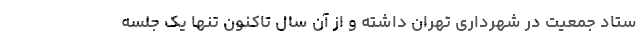
ستاد جمعیت در شهرداری تهران داشته و از آن سال تاکنون تنها یک جلسه